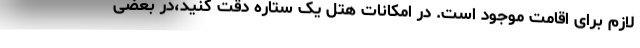
لازم برای اقامت موجود است. در امکانات هتل یک ستاره دقت کنید،در بعضی